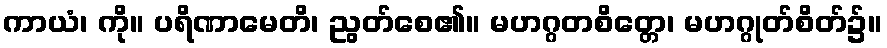
ကာယံ၊ ကို။ ပရိဏာမေတိ၊ ညွတ်စေ၏။ မဟဂ္ဂတစိတ္တေ၊ မဟဂ္ဂုတ်စိတ်၌။